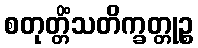
စတုတ္တိံသတိက္ခတ္တုဉ္စ